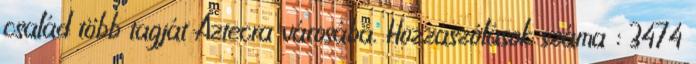
család több tagját Aztecra városába. Hozzászólások száma : 3474